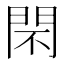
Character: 𨳫